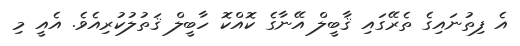
އެ ފިތުނައިގެ ތެރޭގައި ޤާބީލް އޭނާގެ ކޮއްކޮ ހާބީލް ޤަތުލުކުރިއެވެ. އެއީ މި